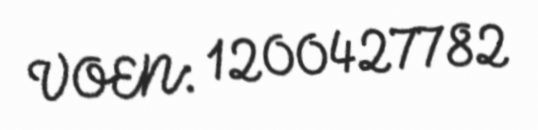
VOEN: 1200427782